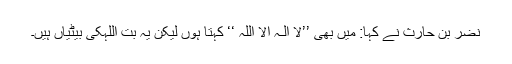
نضر بن حارث نے کہا: میں بھی ’’لَآ اِلٰـہَ اِلَّا اللہُ ‘‘ کہتا ہوں لیکن یہ بت اللہکی بیٹیاں ہیں۔